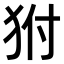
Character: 𤝔